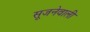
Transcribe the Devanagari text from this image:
सूजनेवाली